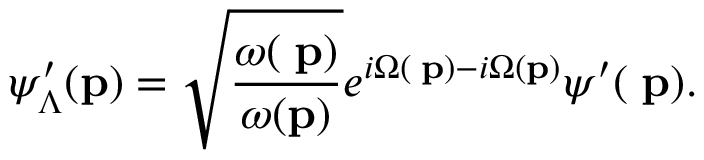
\psi _ { \Lambda } ^ { \prime } ( { \bf p } ) = \sqrt { \frac { \omega ( { { \bf \Lambda p } } ) } { \omega ( { \bf p } ) } } e ^ { i \Omega ( { \bf \Lambda p } ) - i \Omega ( { \bf p } ) } \psi ^ { \prime } ( { \bf \Lambda p } ) .